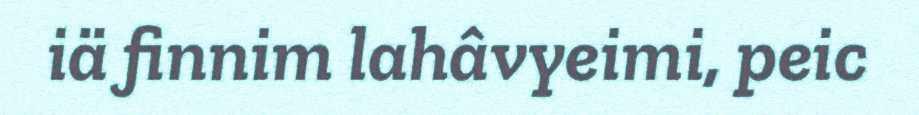
iä finnim lahâvyeimi, peic